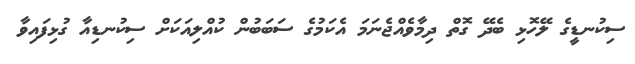
ސިކުނޑީގެ ލޭހޮޅި ބެދޭ ގޮތް ދިމާވެއްޖެނަމަ އެކަމުގެ ސަބަބުން ކުއްލިއަކަށް ސިކުނޑިއާ ގުޅިފައިވާ